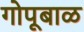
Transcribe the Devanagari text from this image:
गोपूबाळ